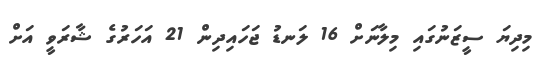
މިދިޔަ ސީޒަނުގައި މިލާނަށް 16 ލަނޑު ޖަހައިދިން 21 އަހަރުގެ ޝާރަވީ އަށް